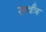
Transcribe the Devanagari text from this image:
सर्वंत्र